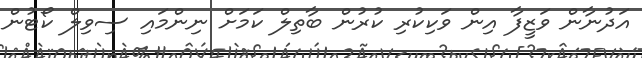
އަދުނާން ވަޒީފާ އިން ވަކިކުރި ކުރުން ބާތިލް ކަމަށް ނިންމައި ސިވިލް ކޯޓުން